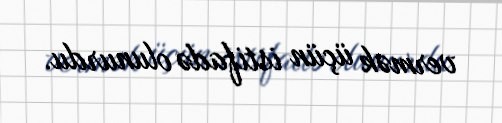
vermək üçün istifadə olunurdu.